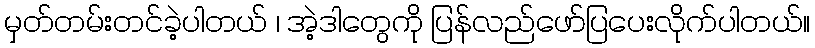
မှတ်တမ်းတင်ခဲ့ပါတယ် ၊ အဲ့ဒါတွေကို ပြန်လည်ဖော်ပြပေးလိုက်ပါတယ်။